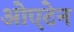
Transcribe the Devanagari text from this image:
ओएटेन